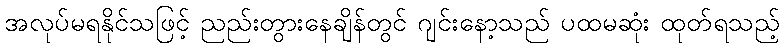
အလုပ်မရနိုင်သဖြင့် ညည်းတွားနေချိန်တွင် ဂျင်းနော့သည် ပထမဆုံး ထုတ်ရသည့်